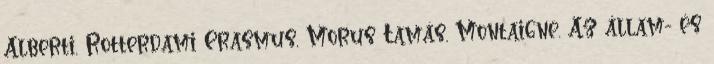
Alberti, Rotterdami Erasmus, Morus Tamás, Montaigne. Az állam- és